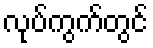
လုပ်ကွက်တွင်